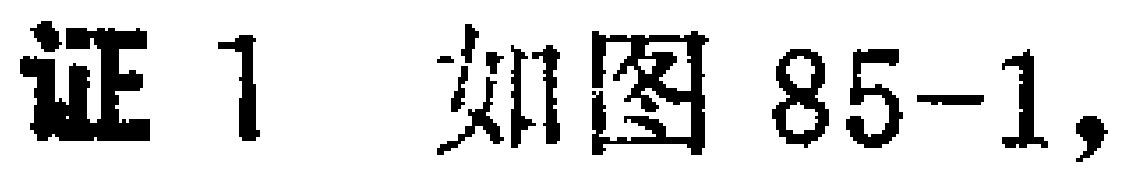
证 1 如图 85-1,